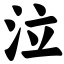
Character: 泣